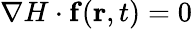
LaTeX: \nabla H\cdot\mathbf{f}(\mathbf{r},t)=0